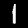
Digit: 1